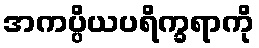
အကပ္ပိယပရိက္ခရာကို